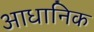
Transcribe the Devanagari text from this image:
आधानिक